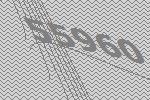
55960